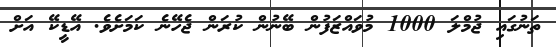
ތަނުގައި ޖުމްލަ 1000 މުވައްޒަފުން ބޭނުން ކުރަން ޖެހޭނެ ކަމަށެވެ. އޭޑީކޭ އަށް